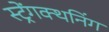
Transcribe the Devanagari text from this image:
स्ट्रेंगक्थनिंग